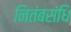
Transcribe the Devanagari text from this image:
नितंबसंधि